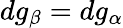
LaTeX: dg_{\beta}=dg_{\alpha}